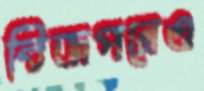
বিজপনেও